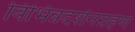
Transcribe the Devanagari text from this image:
विभिन्नदर्शनग्रहण